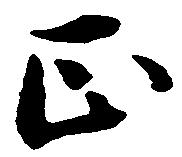
正